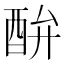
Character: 䣲